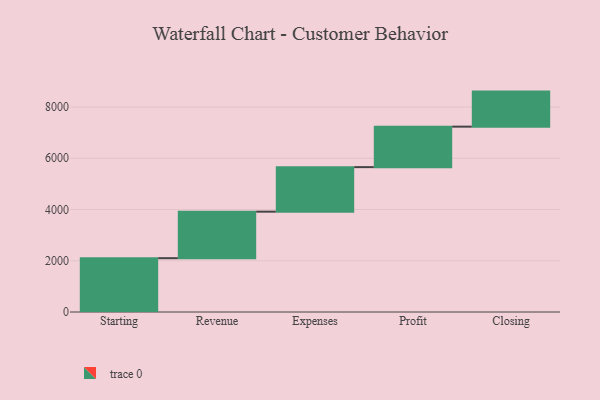
{"axis": {"x": "Step", "y": "Value"}, "legend": [""], "data": [{"x": "Starting", "y": 2100.0, "type": ""}, {"x": "Revenue", "y": 1816.0, "type": ""}, {"x": "Expenses", "y": 1738.0, "type": ""}, {"x": "Profit", "y": 1580.0, "type": ""}, {"x": "Closing", "y": 1368.0, "type": ""}]}